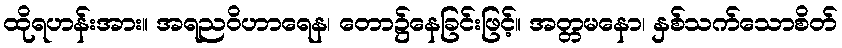
ထိုရဟန်းအား။ အရညဝိဟာရေန၊ တော၌နေခြင်းဖြင့်။ အတ္တမနော၊ နှစ်သက်သောစိတ်